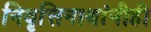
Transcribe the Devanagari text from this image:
निवृत्तिनाथांनीही